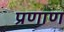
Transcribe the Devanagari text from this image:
प्रणाण